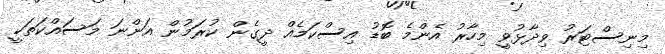
މިނިސްޓަރު ވިދާޅުވީ މިހާރު އެންމެ ބޮޑު އިސްކަމެއް ދީގެން ކުރަމުން އަންނަ މަސައްކަތަކީ